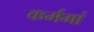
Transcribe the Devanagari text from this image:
कर्ममां